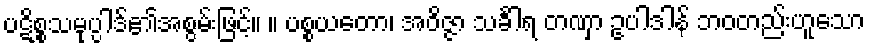
ပဋိစ္စသမုပ္ပါဒ်၏အစွမ်းဖြင့်။ ။ ပစ္စယတော၊ အဝိဇ္ဇာ သင်္ခါရ တဏှာ ဥပါဒါန် ဘဝတည်းဟူသော